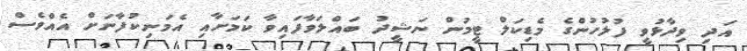
އަދި ވިދާޅުވީ ފުލުހުންގެ މެޑިކަލް ޓީމުން ނަޝީދު ބައްލަވާފައިވާ ކަމަށާއި އެމަނިކުފާނަށް އެއްވެސް